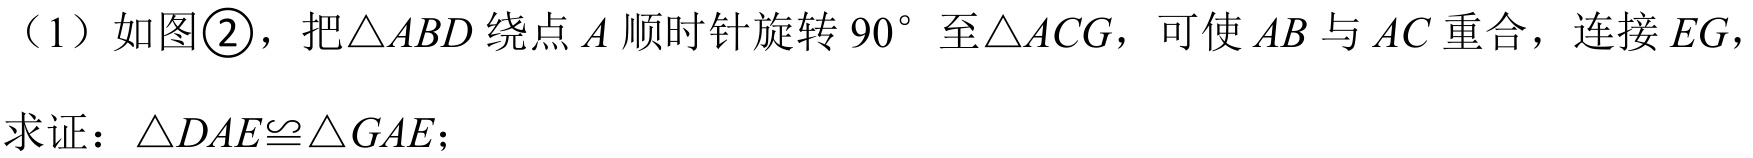
（1）如图\textcircled{2}，把\(\triangle ABD\)绕点\(A\)顺时针旋转\(90^{\circ}\)至\(\triangle ACG\)，可使\(AB\)与\(AC\)重合，连接\(EG\)，
求证：\(\triangle DAE\cong\triangle GAE\)；